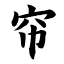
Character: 帘